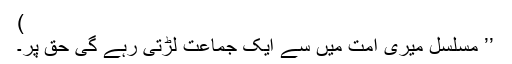
)
’’ مسلسل میری امت میں سے ایک جماعت لڑتی رہے گی حق پر۔